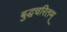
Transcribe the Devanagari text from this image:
बुद्धचरितम्‌